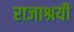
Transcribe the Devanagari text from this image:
राजाश्रयी